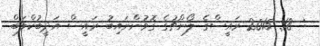
:  18